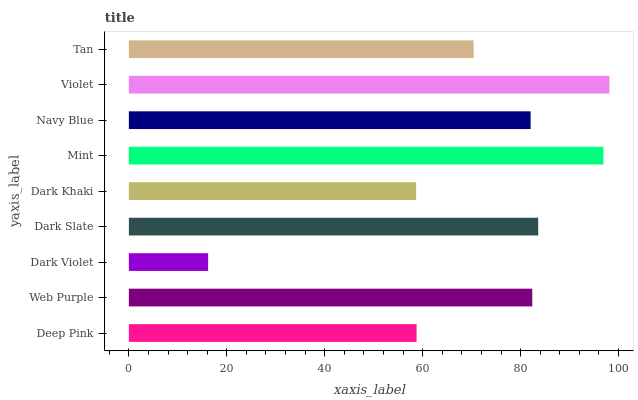
| yaxis_label | bars |
 | --- | --- |
 | Deep Pink | 58.8 |
 | Web Purple | 82.4 |
 | Dark Violet | 16.2 |
 | Dark Slate | 83.6 |
 | Dark Khaki | 58.7 |
 | Mint | 96.9 |
 | Navy Blue | 82 |
 | Violet | 98.2 |
 | Tan | 70.4 |